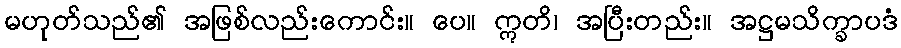
မဟုတ်သည်၏ အဖြစ်လည်းကောင်း။ ပေ။ ဣတိ၊ အပြီးတည်း။ အဋ္ဌမသိက္ခာပဒံ